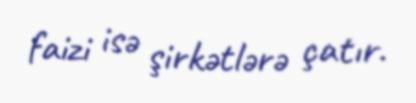
faizi isə şirkətlərə çatır.